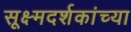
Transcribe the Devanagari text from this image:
सूक्ष्मदर्शकांच्या